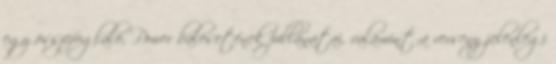
egy összefoglaló, Power balesetének pillanatai, valamint a verseny jelenlegi